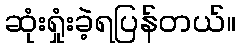
ဆုံးရှုံးခဲ့ရပြန်တယ်။